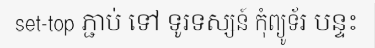
set-top ភ្ជាប់ ទៅ ទូរទស្សន៍ កុំព្យូទ័រ បន្ទះ